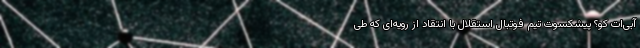
آبی‌ات کو؟ پیشکسوت تیم فوتبال استقلال با انتقاد از رویه‌ای که طی